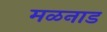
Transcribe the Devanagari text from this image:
मळनाड